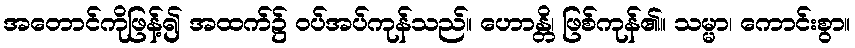
အတောင်ကိုဖြန့်၍ အထက်၌ ဝပ်အပ်ကုန်သည်။ ဟောန္တိ၊ ဖြစ်ကုန်၏။ သမ္မာ၊ ကောင်းစွာ။